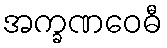
အက္ခဏဝေဓီ